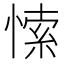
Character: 𭝻